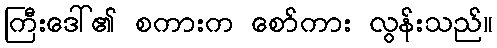
ကြီးဒေါ်၏ စကားက စော်ကား လွန်းသည်။